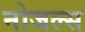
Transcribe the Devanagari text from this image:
नोजल्स